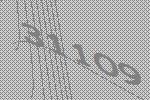
31109